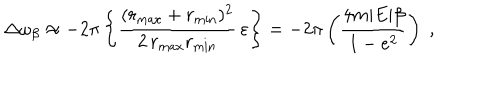
LaTeX: \Delta \omega _ { \beta } \approx - 2 \pi \left\{ \frac { ( r _ { \max } + r _ { \min } ) ^ { 2 } } { 2 \, r _ { \max } r _ { \min } } \, \varepsilon \right\} = - 2 \pi \left( \frac { 4 m | E | \beta } { 1 - e ^ { 2 } } \right) \; ,